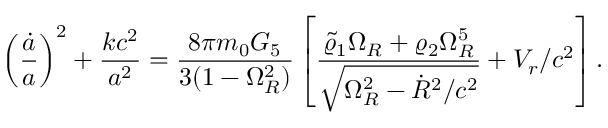
\left( { \frac { \dot { a } } { a } } \right) ^ { 2 } + { \frac { k c ^ { 2 } } { a ^ { 2 } } } = { \frac { 8 \pi m _ { 0 } G _ { 5 } } { 3 ( 1 - \Omega _ { R } ^ { 2 } ) } } \left[ { \frac { \tilde { \varrho } _ { 1 } \Omega _ { R } + \varrho _ { 2 } \Omega _ { R } ^ { 5 } } { \sqrt { \Omega _ { R } ^ { 2 } - \dot { R } ^ { 2 } / c ^ { 2 } } } } + V _ { r } / c ^ { 2 } \right] .